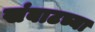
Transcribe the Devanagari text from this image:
खंबाटच्या